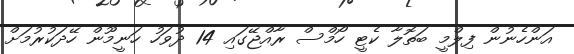
އަންހެނުން ފިލްމީ ބަތޮލާ ކެޓީ ހޯމްސް ރާއްޖޭގައި 14 ދުވަހު ހަނީމޫން ހޭދަކުރުމަށް